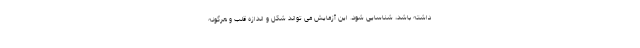
داشته باشد، شناسایی شود. این آزمایش می تواند شکل و اندازه قلب و هرگونه